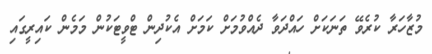
މުޒާހަރާ ކުރެވޭ ތަނަަކަށް ހައްދަވާ ދެއްވުމަށް ކަމަށް އެކުދިން ޓްވީޓަކުން މަމެން ކައިރީގައި